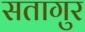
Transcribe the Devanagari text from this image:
सतागुर